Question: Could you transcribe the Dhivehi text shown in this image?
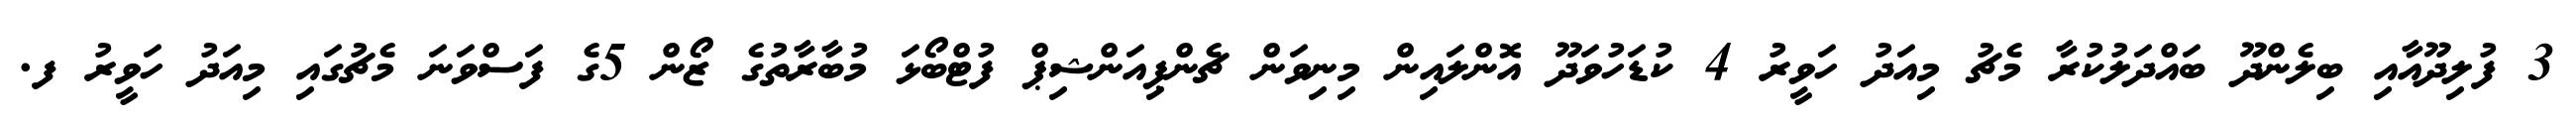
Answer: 3 ފުލިދޫއާއި ބިލެންދޫ ބައްދަލުކުރާ މެޗު މިއަދު ހަވީރު 4 ކުޑަހުވަދޫ އޮންލައިން މިނިވަން ޗެންޕިއަންޝިޕް ފުޓްބޯޅަ މުބާރާތުގެ ޒޯން 5ގެ ފަސްވަނަ މެޗުގައި މިއަދު ހަވީރު ފ.